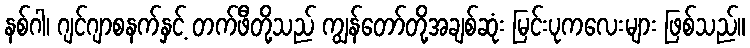
နစ်ဂါ၊ ဂျင်ဂျာစနက်နှင့် တက်ဖီတို့သည် ကျွန်တော်တို့အချစ်ဆုံး မြင်းပုကလေးများ ဖြစ်သည်။